画像に写った文字を読んでください
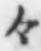
「々」と書いてあります